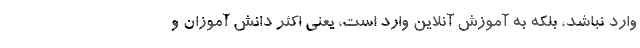
وارد نباشد، بلکه به آموزش آنلاین وارد است، یعنی اکثر دانش آموزان و